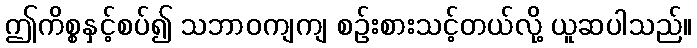
ဤကိစ္စနှင့်စပ်၍ သဘာဝကျကျ စဉ်းစားသင့်တယ်လို့ ယူဆပါသည်။